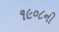
૧૯૦૮ની